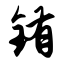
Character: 铕